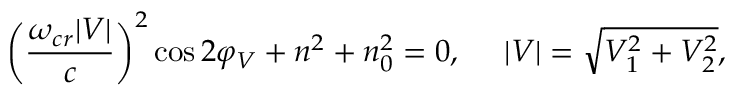
\bigg ( \frac { \omega _ { c r } | V | } { c } \bigg ) ^ { 2 } \cos { 2 \varphi _ { V } } + n ^ { 2 } + n _ { 0 } ^ { 2 } = 0 , \ \ \ \ | V | = \sqrt { V _ { 1 } ^ { 2 } + V _ { 2 } ^ { 2 } } ,